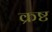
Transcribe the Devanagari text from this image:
क्रष्ट